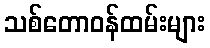
သစ်တောဝန်ထမ်းများ